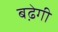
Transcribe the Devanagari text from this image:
बढे़गी